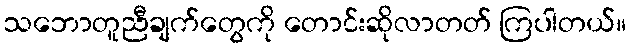
သဘောတူညီချက်တွေကို တောင်းဆိုလာတတ် ကြပါတယ်။